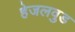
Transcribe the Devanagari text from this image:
हेजलवुड